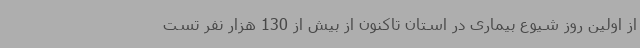
از اولین روز شیوع بیماری در استان تاکنون از بیش از 130 هزار نفر تست